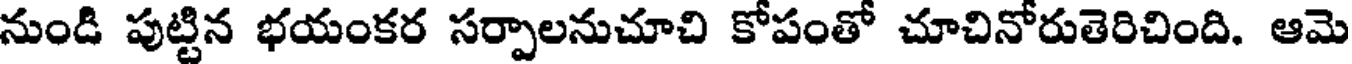
నుండి పుట్టిన భయంకర సర్పాలనుచూచి కోపంతో చూచినోరుతెరిచింది. ఆమె